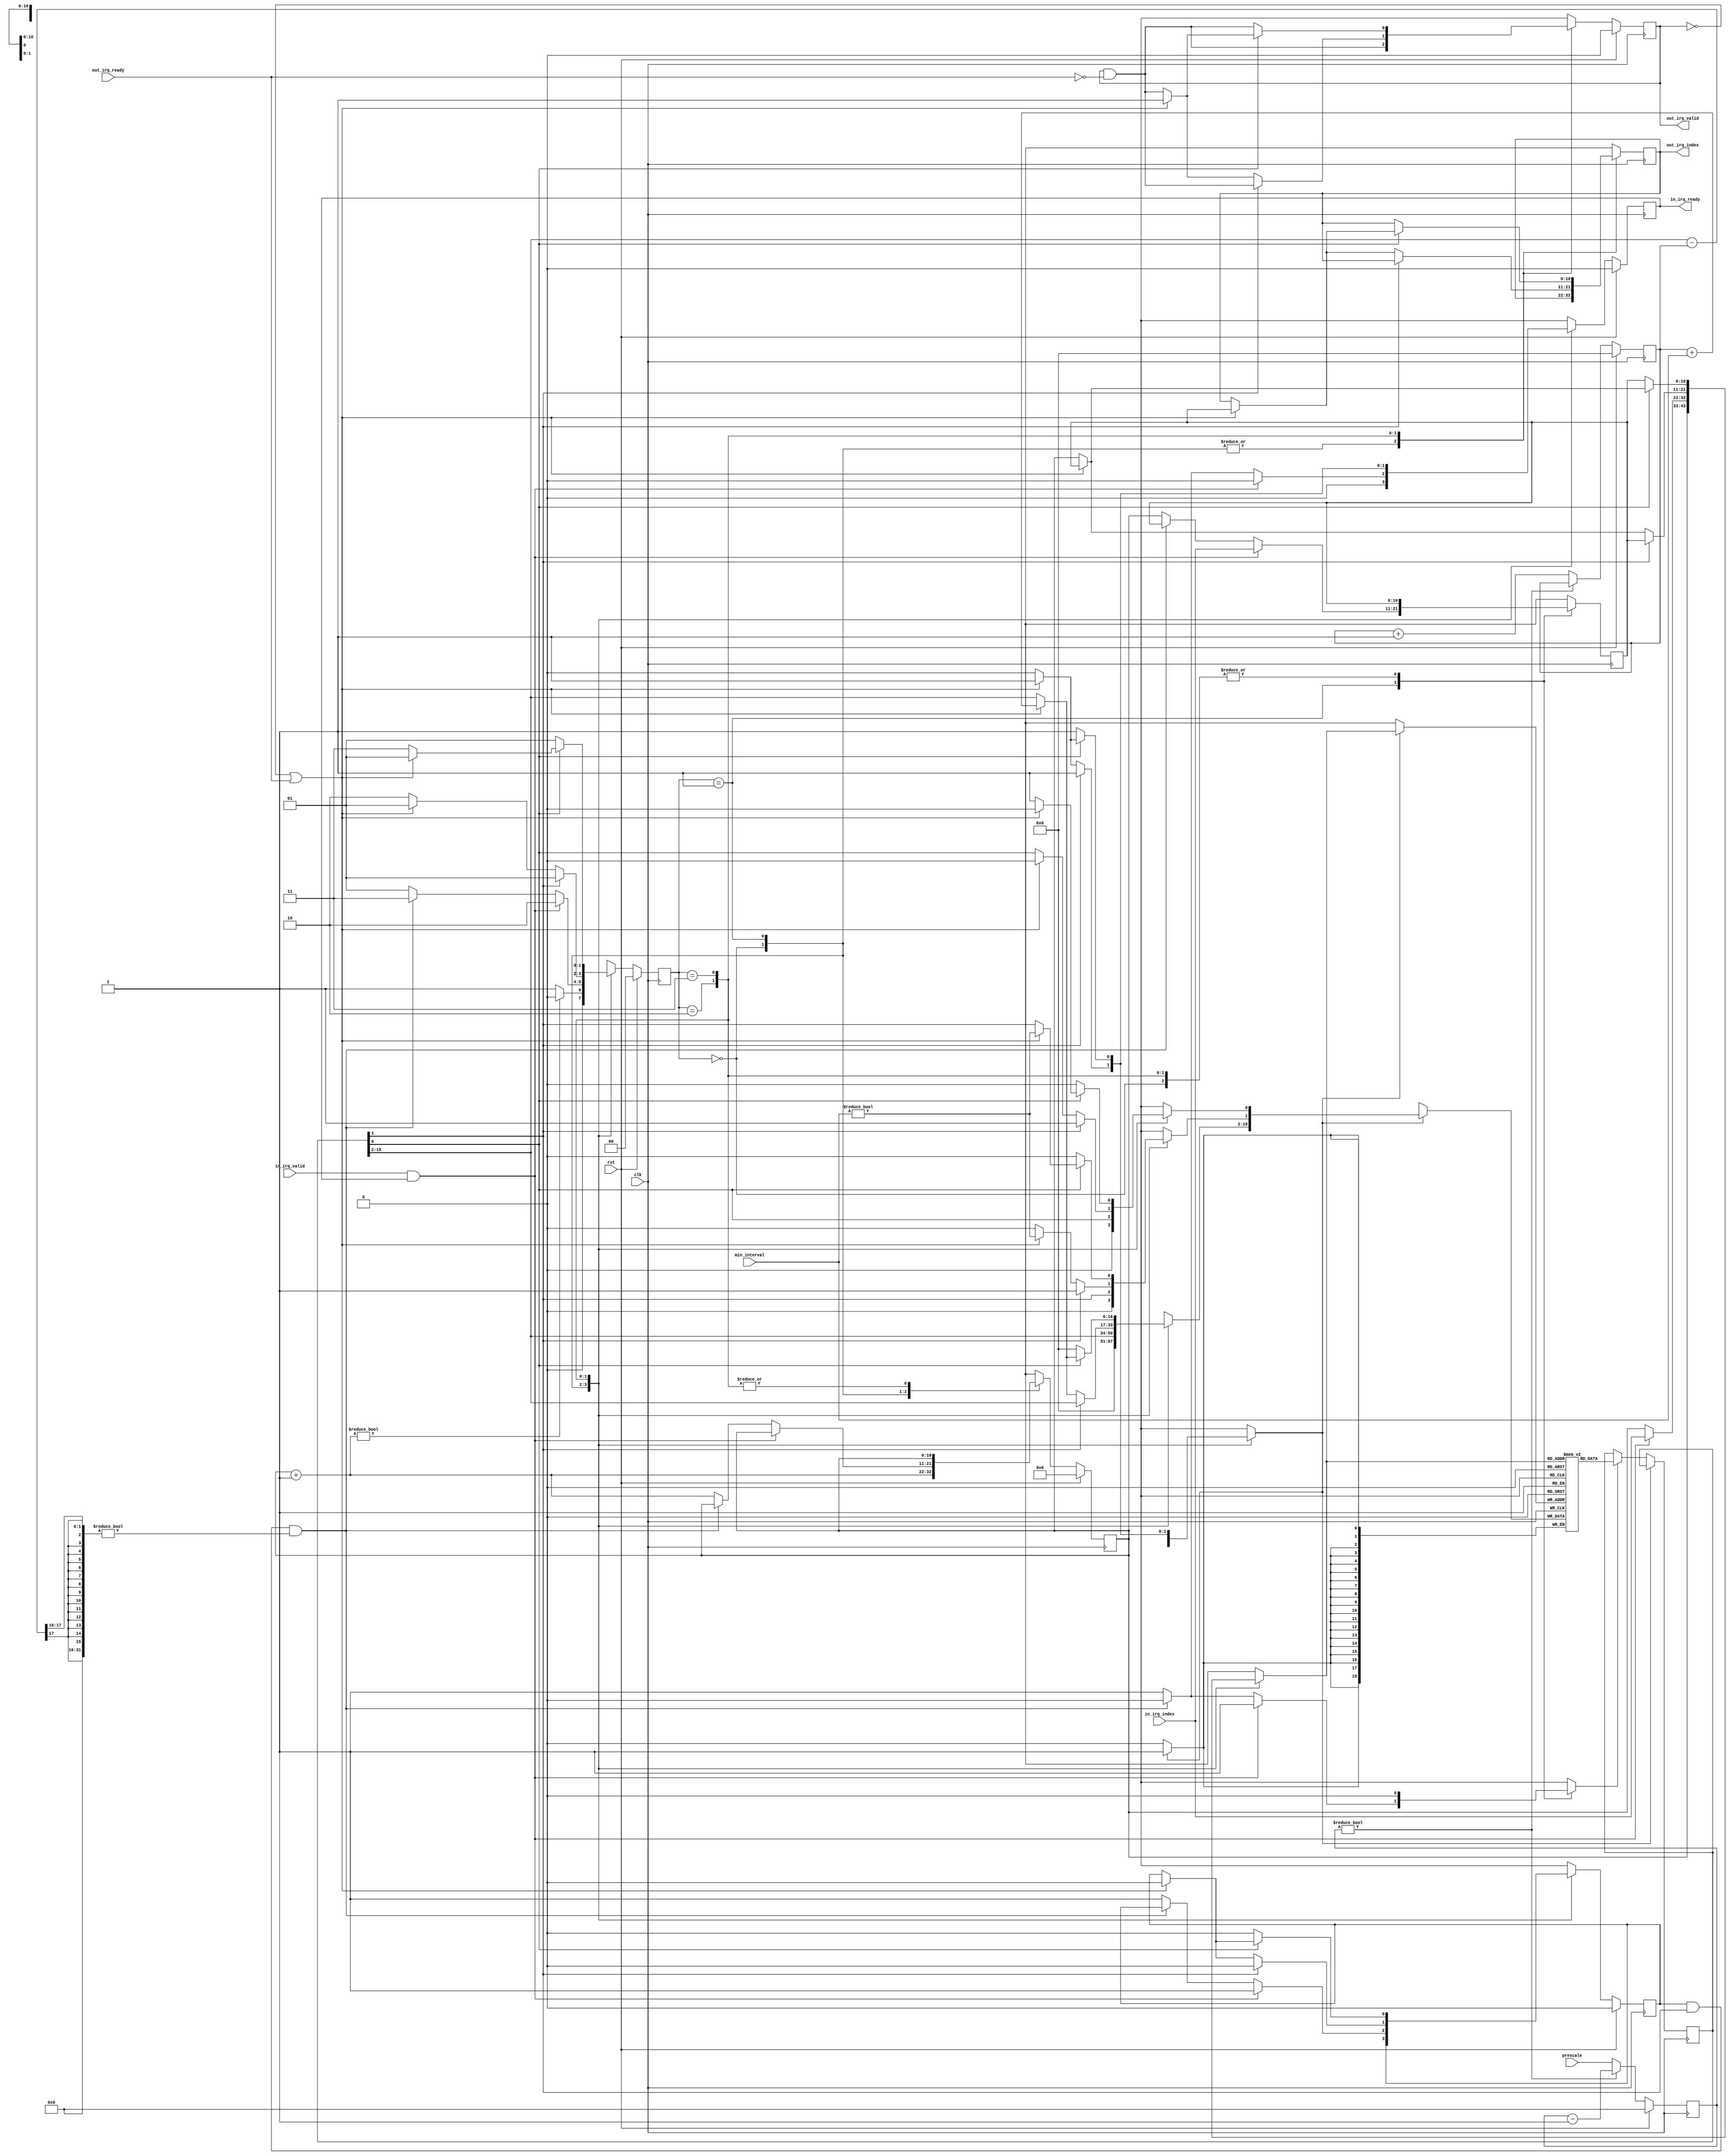
/*

Copyright (c) 2022 Alex Forencich

Permission is hereby granted, free of charge, to any person obtaining a copy
of this software and associated documentation files (the "Software"), to deal
in the Software without restriction, including without limitation the rights
to use, copy, modify, merge, publish, distribute, sublicense, and/or sell
copies of the Software, and to permit persons to whom the Software is
furnished to do so, subject to the following conditions:

The above copyright notice and this permission notice shall be included in
all copies or substantial portions of the Software.

THE SOFTWARE IS PROVIDED "AS IS", WITHOUT WARRANTY OF ANY KIND, EXPRESS OR
IMPLIED, INCLUDING BUT NOT LIMITED TO THE WARRANTIES OF MERCHANTABILITY
FITNESS FOR A PARTICULAR PURPOSE AND NONINFRINGEMENT. IN NO EVENT SHALL THE
AUTHORS OR COPYRIGHT HOLDERS BE LIABLE FOR ANY CLAIM, DAMAGES OR OTHER
LIABILITY, WHETHER IN AN ACTION OF CONTRACT, TORT OR OTHERWISE, ARISING FROM,
OUT OF OR IN CONNECTION WITH THE SOFTWARE OR THE USE OR OTHER DEALINGS IN
THE SOFTWARE.

*/

// Language: Verilog 2001

`resetall
`timescale 1ns / 1ps
`default_nettype none

/*
 * IRQ rate limit module
 */
module irq_rate_limit #
(
    // Interrupt configuration
    parameter IRQ_INDEX_WIDTH = 11
)
(
    input  wire                        clk,
    input  wire                        rst,

    /*
     * Interrupt request input
     */
    input  wire [IRQ_INDEX_WIDTH-1:0]  in_irq_index,
    input  wire                        in_irq_valid,
    output wire                        in_irq_ready,

    /*
     * Interrupt request output
     */
    output wire [IRQ_INDEX_WIDTH-1:0]  out_irq_index,
    output wire                        out_irq_valid,
    input  wire                        out_irq_ready,

    /*
     * Configuration
     */
    input  wire [15:0]                 prescale,
    input  wire [15:0]                 min_interval
);

localparam [1:0]
    STATE_INIT = 2'd0,
    STATE_IDLE = 2'd1,
    STATE_IRQ_IN = 2'd2,
    STATE_IRQ_OUT = 2'd3;

reg [1:0] state_reg = STATE_INIT, state_next;

reg [IRQ_INDEX_WIDTH-1:0] cur_index_reg = 0, cur_index_next;
reg [IRQ_INDEX_WIDTH-1:0] irq_index_reg = 0, irq_index_next;

reg mem_rd_en;
reg mem_wr_en;
reg [IRQ_INDEX_WIDTH-1:0] mem_addr;
reg [17+1+1-1:0] mem_wr_data;
reg [17+1+1-1:0] mem_rd_data_reg;
reg mem_rd_data_valid_reg = 1'b0, mem_rd_data_valid_next;

(* ramstyle = "no_rw_check, mlab" *)
reg [17+1+1-1:0] mem_reg[2**IRQ_INDEX_WIDTH-1:0];

reg in_irq_ready_reg = 0, in_irq_ready_next;

reg [IRQ_INDEX_WIDTH-1:0] out_irq_index_reg = 0, out_irq_index_next;
reg out_irq_valid_reg = 0, out_irq_valid_next;

assign in_irq_ready = in_irq_ready_reg;

assign out_irq_index = out_irq_index_reg;
assign out_irq_valid = out_irq_valid_reg;

integer i;

initial begin
    for (i = 0; i < 2**IRQ_INDEX_WIDTH; i = i + 1) begin
        mem_reg[i] = 0;
    end
end

reg [15:0] prescale_count_reg = 0;
reg [16:0] time_count_reg = 0;

always @(posedge clk) begin
    if (prescale_count_reg != 0) begin
        prescale_count_reg <= prescale_count_reg - 1;
    end else begin
        prescale_count_reg <= prescale;
        time_count_reg <= time_count_reg + 1;
    end

    if (rst) begin
        prescale_count_reg <= 0;
        time_count_reg <= 0;
    end
end

always @* begin
    state_next = STATE_INIT;

    cur_index_next = cur_index_reg;
    irq_index_next = irq_index_reg;

    in_irq_ready_next = 1'b0;

    out_irq_index_next = out_irq_index_reg;
    out_irq_valid_next = out_irq_valid_reg && !out_irq_ready;

    mem_rd_en = 1'b0;
    mem_wr_en = 1'b0;
    mem_addr = cur_index_reg;
    mem_wr_data = mem_rd_data_reg;
    mem_rd_data_valid_next = mem_rd_data_valid_reg;

    case (state_reg)
        STATE_INIT: begin
            // init - clear all timers
            mem_addr = cur_index_reg;
            mem_wr_data[0] = 1'b0;
            mem_wr_data[1] = 1'b0;
            mem_wr_data[2 +: 17] = 0;
            mem_wr_en = 1'b1;
            cur_index_next = cur_index_reg + 1;
            if (cur_index_next != 0) begin
                state_next = STATE_INIT;
            end else begin
                state_next = STATE_IDLE;
            end
        end
        STATE_IDLE: begin
            // idle - wait for requests and check timers
            in_irq_ready_next = 1'b1;
            if (in_irq_valid && in_irq_ready) begin
                // new interrupt request
                irq_index_next = in_irq_index;
                mem_addr = in_irq_index;
                mem_rd_en = 1'b1;
                mem_rd_data_valid_next = 1'b1;
                in_irq_ready_next = 1'b0;
                state_next = STATE_IRQ_IN;
            end else if (mem_rd_data_valid_reg && mem_rd_data_reg[1] && (mem_rd_data_reg[2 +: 17] - time_count_reg) >> 16 != 0) begin
                // timer expired
                in_irq_ready_next = 1'b0;
                state_next = STATE_IRQ_OUT;
            end else begin
                // read next timer
                irq_index_next = cur_index_reg;
                mem_addr = cur_index_reg;
                mem_rd_en = 1'b1;
                mem_rd_data_valid_next = 1'b1;
                cur_index_next = cur_index_reg + 1;
                state_next = STATE_IDLE;
            end
        end
        STATE_IRQ_IN: begin
            // pass through IRQ
            if (mem_rd_data_reg[1]) begin
                // timer running, set pending bit
                mem_addr = irq_index_reg;
                mem_wr_data[0] = 1'b1;
                mem_wr_data[1] = 1'b1;
                mem_wr_data[2 +: 17] = mem_rd_data_reg[2 +: 17];
                mem_wr_en = 1'b1;
                mem_rd_data_valid_next = 1'b0;

                in_irq_ready_next = 1'b1;
                state_next = STATE_IDLE;
            end else if (!out_irq_valid || out_irq_ready) begin
                // timer not running, start timer and generate IRQ
                mem_addr = irq_index_reg;
                mem_wr_data[0] = 1'b0;
                mem_wr_data[1] = min_interval != 0;
                mem_wr_data[2 +: 17] = time_count_reg + min_interval;
                mem_wr_en = 1'b1;
                mem_rd_data_valid_next = 1'b0;

                out_irq_valid_next = 1'b1;
                out_irq_index_next = irq_index_reg;

                in_irq_ready_next = 1'b1;
                state_next = STATE_IDLE;
            end else begin
                state_next = STATE_IRQ_IN;
            end
        end
        STATE_IRQ_OUT: begin
            // handle timer expiration
            if (mem_rd_data_reg[0]) begin
                // pending bit set, generate IRQ and restart timer
                if (!out_irq_valid || out_irq_ready) begin
                    mem_addr = irq_index_reg;
                    mem_wr_data[0] = 1'b0;
                    mem_wr_data[1] = min_interval != 0;
                    mem_wr_data[2 +: 17] = time_count_reg + min_interval;
                    mem_wr_en = 1'b1;
                    mem_rd_data_valid_next = 1'b0;

                    out_irq_valid_next = 1'b1;
                    out_irq_index_next = irq_index_reg;

                    in_irq_ready_next = 1'b1;
                    state_next = STATE_IDLE;
                end else begin
                    state_next = STATE_IRQ_OUT;
                end
            end else begin
                // pending bit not set, reset timer
                mem_addr = irq_index_reg;
                mem_wr_data[0] = 1'b0;
                mem_wr_data[1] = 1'b0;
                mem_wr_data[2 +: 17] = 0;
                mem_wr_en = 1'b1;
                mem_rd_data_valid_next = 1'b0;
                
                in_irq_ready_next = 1'b1;
                state_next = STATE_IDLE;
            end
        end
    endcase
end

always @(posedge clk) begin
    state_reg <= state_next;

    cur_index_reg <= cur_index_next;
    irq_index_reg <= irq_index_next;

    in_irq_ready_reg <= in_irq_ready_next;

    out_irq_index_reg <= out_irq_index_next;
    out_irq_valid_reg <= out_irq_valid_next;

    if (mem_wr_en) begin
        mem_reg[mem_addr] <= mem_wr_data;
    end else if (mem_rd_en) begin
        mem_rd_data_reg <= mem_reg[mem_addr];
    end

    mem_rd_data_valid_reg <= mem_rd_data_valid_next;

    if (rst) begin
        state_reg <= STATE_INIT;
        cur_index_reg <= 0;
        in_irq_ready_reg <= 1'b0;
        out_irq_valid_reg <= 1'b0;
        mem_rd_data_valid_reg <= 1'b0;
    end
end

endmodule

`resetall